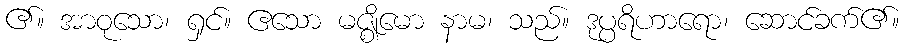
၏။ အာဝုသော၊ ရှင်။ ဧသော မဇ္ဈိမော နာမ၊ သည်။ ဒုပ္ပရိဟာရော၊ ဆောင်ခက်၏။